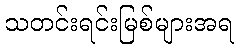
သတင်းရင်းမြစ်များအရ